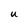
Character: U